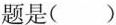
题是( )